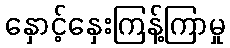
နှောင့်နှေးကြန့်ကြာမှု